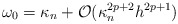
\begin{align*}\omega_{0} = \kappa_n + \mathcal{O}(\kappa_n^{2p+2}h^{2p+1})\end{align*}